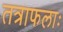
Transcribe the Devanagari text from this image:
तत्राफलाः